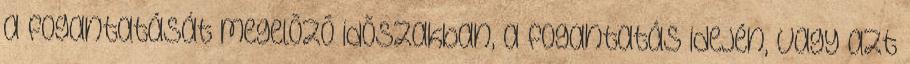
a fogantatását megelõzõ idõszakban, a fogantatás idején, vagy azt